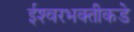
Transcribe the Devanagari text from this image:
ईश्‍वरभक्तीकडे